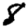
Digit: 8